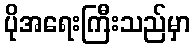
ပိုအရေးကြီးသည်မှာ